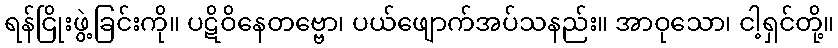
ရန်ငြိုးဖွဲ့ခြင်းကို။ ပဋိဝိနေတဗ္ဗော၊ ပယ်ဖျောက်အပ်သနည်း။ အာဝုသော၊ ငါ့ရှင်တို့။